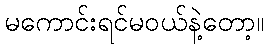
မကောင်းရင်မဝယ်နဲ့တော့။